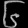
Digit: ၆